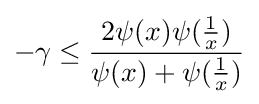
-\gamma \leq {\frac {2\psi (x)\psi ({\frac {1}{x}})}{\psi (x)+\psi ({\frac {1}{x}})}}